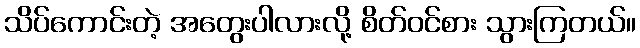
သိပ်ကောင်းတဲ့ အတွေးပါလားလို့ စိတ်ဝင်စား သွားကြတယ်။